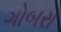
ગોબરા